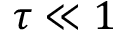
\tau \ll 1